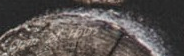
Open 24 Hours